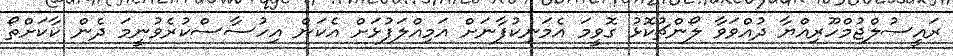
ރައީސުލްޖުމްހޫރިއްޔާ ދުއްވަވާ ލޯންޗުކޮޅު ގޮވީމަ އެމަނިކުފާނަށް އަމިއްލަފުޅަށް އެކަން އިހުސާސްކުރެވުނީމަ ދެން ކާކަށްތޯ